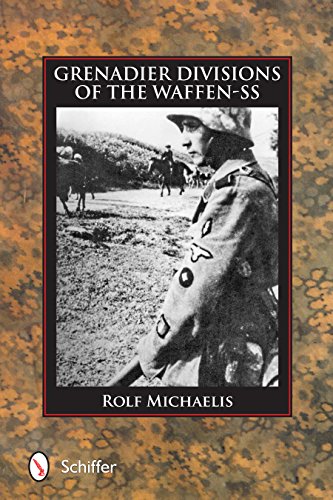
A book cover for Grenadier Divisions of the Waffen-SS; Rolf Michaelis; History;